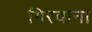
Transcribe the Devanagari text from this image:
गिरवाना